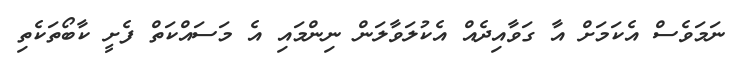
ނަމަވެސް އެކަމަށް އާ ގަވާއިދެއް އެކުލަވާލަން ނިންމައި އެ މަސައްކަތް ފެށީ ކާބޯތަކެތި